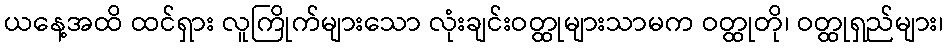
ယနေ့အထိ ထင်ရှား လူကြိုက်များသော လုံးချင်းဝတ္ထုများသာမက ဝတ္ထုတို၊ ဝတ္ထုရှည်များ၊